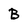
Character: B